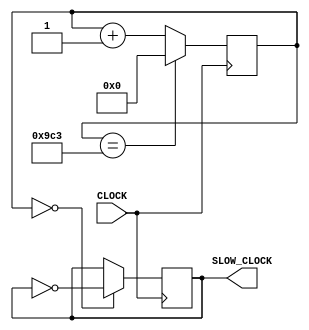
`timescale 1ns / 1ps

module clock20k(
    input CLOCK,
    output reg SLOW_CLOCK=0
    );
    
    reg[11:0] count = 0;
    always @ (posedge CLOCK) 
        begin
            count <= (count == 2499) ? 0 : count+1;
            SLOW_CLOCK <= (count == 0) ? ~SLOW_CLOCK : SLOW_CLOCK;
        end 
endmodule